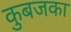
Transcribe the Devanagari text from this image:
कुबजका